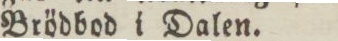
Brödbod i Dalen.